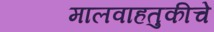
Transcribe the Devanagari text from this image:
मालवाहतुकीचे